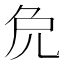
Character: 𠑾